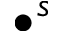
\bullet ^ { s }